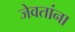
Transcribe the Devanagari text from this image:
जेवतांना